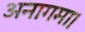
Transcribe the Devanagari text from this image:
अनागमा।